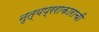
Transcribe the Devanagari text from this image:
नृत्यप्रराकाराची